Document type: Sale
Year: 1423
Scribe: Joan Franc
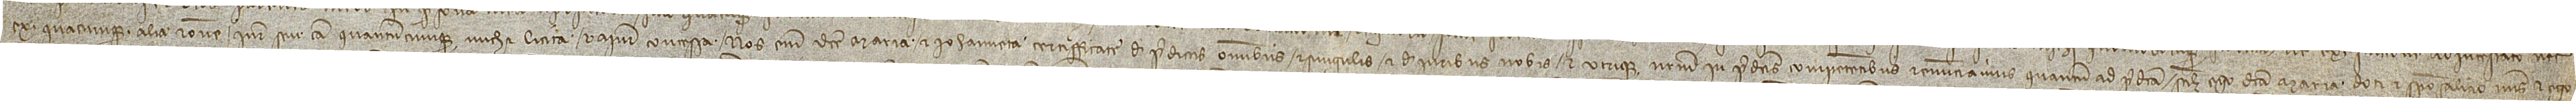
ex quascumque alia ratione, iure seu causa quantumcumque michi licita et a iure concessa. Nos enim dicte Maria et Iohanneta, certifficate de predictis omnibus et singulis, et de iuribus nobis et utrique nostrum in predictis competentibus, renunciamus quantum ad predicta, scilicet, ego dicta Maria doti et sponsalicio meis et ego